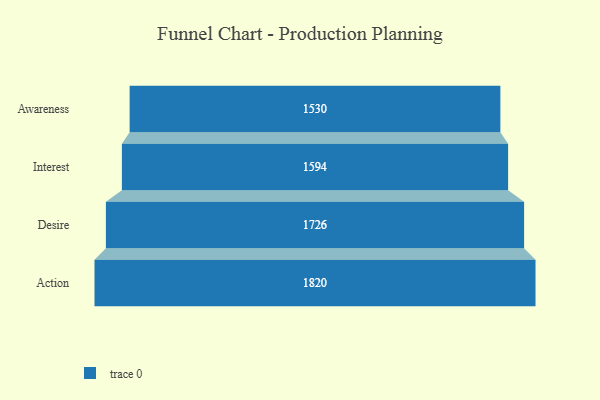
{"axis": {"x": "Stage", "y": "Value"}, "legend": [""], "data": [{"x": "Awareness", "y": 1530.0, "type": ""}, {"x": "Interest", "y": 1594.0, "type": ""}, {"x": "Desire", "y": 1726.0, "type": ""}, {"x": "Action", "y": 1820.0, "type": ""}]}